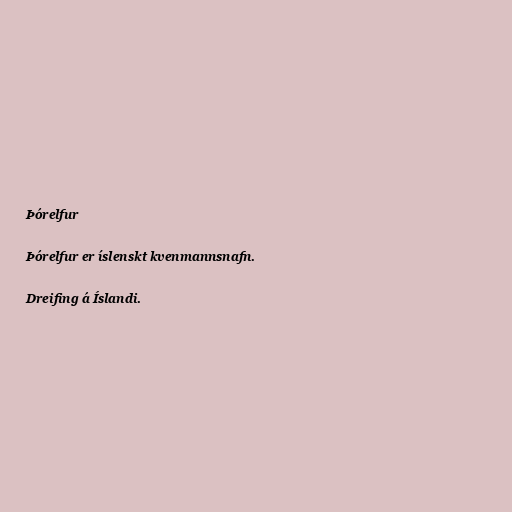
Þórelfur

Þórelfur er íslenskt kvenmannsnafn.

Dreifing á Íslandi.